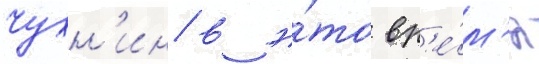
Чухн'ин в э́то вр'е́м'я